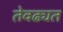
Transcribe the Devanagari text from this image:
तेवढ्यत